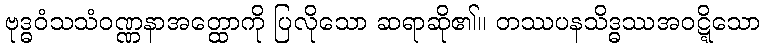
ဗုဒ္ဓဝံသသံဝဏ္ဏနာအတ္ထောကို ပြလိုသော ဆရာဆို၏။ တဿပနသိဒ္ဓဿအဝဋ္ဋိသော